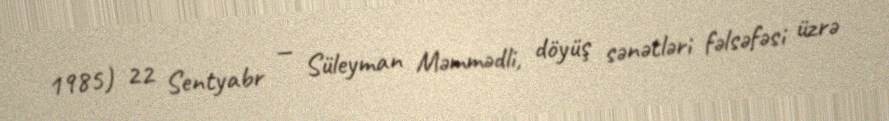
1985) 22 Sentyabr — Süleyman Məmmədli, döyüş sənətləri fəlsəfəsi üzrə